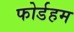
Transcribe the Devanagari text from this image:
फोर्डहम